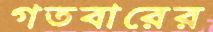
গতবারের